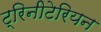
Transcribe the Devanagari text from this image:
ट्रिनीटेरियन